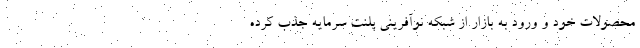
محصولات خود و ورود به بازار از شبکه نوآفرینی پلنت سرمایه‌ جذب کرده